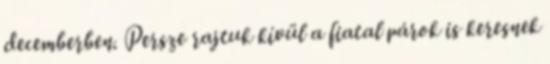
decemberben. Persze rajtuk kívül a fiatal párok is keresnek